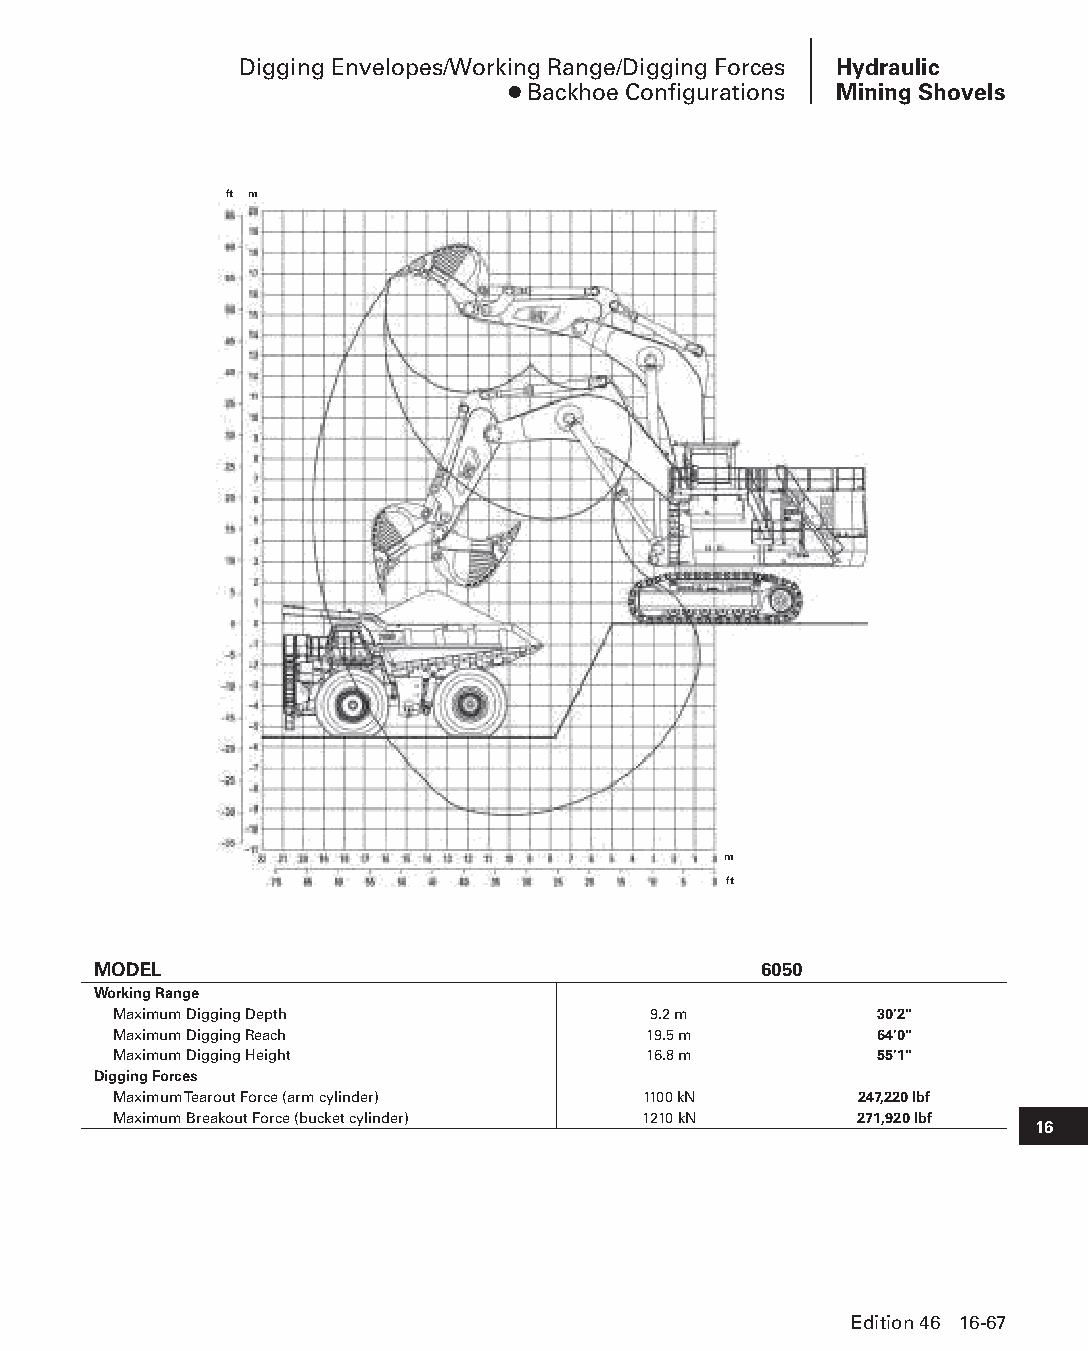
Digging Envelopes/Working Range/Digging Forces Hydraulic
 ● Backhoe Configurations Mining Shovels
 ft m
 m
 ft
 MODEL                                       6050
 Working Range
 Maximum Digging Depth              9.2 m          30'2"
 Maximum Digging Reach              19.5 m         64'0"
 Maximum Digging Height             16.8 m         55'1"
 Digging Forces
 Maximum Tearout Force (arm cylinder) 1100 kN     247,220 lbf
 Maximum Breakout Force (bucket cylinder) 1210 kN 271,920 lbf
 16
 Edition 46 16-67
 PPHHBB--SSeecc1166--HHyyddrraauulliiccMMiinniinnggSShhoovveellss((ppgg004499--111100))..iinndddd 6677 1122//44//1155 1100::5533 AAMM